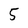
Character: 5